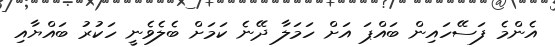
އެންމެ ފަސޭހައިން ބައްޕަ އަށް ހަމަލާ ދޭނެ ކަމަށް ބެލެވެނީ ހަކުރު ބައްޔާއި